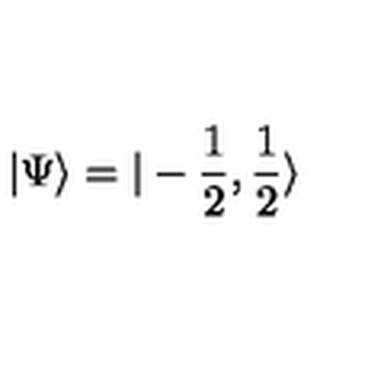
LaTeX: \vert \Psi \rangle = \vert - \frac { 1 } { 2 } , \frac { 1 } { 2 } \rangle